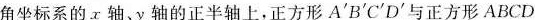
角坐标系的x轴、y轴的正半轴上，正方形$$A^{ ' }B^{ ' }C^{ ' }D^{ ' }与正方形ABCD